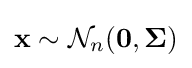
\mathbf {x} \sim {\mathcal {N}}_{n}(\mathbf {0} ,{\boldsymbol {\Sigma }})